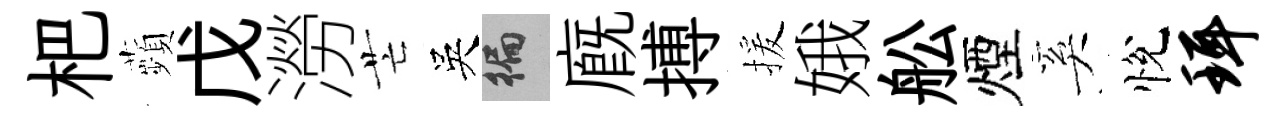
杷蘋戊澇芒吳徧廐搏援娥舩煙奚悅珥